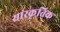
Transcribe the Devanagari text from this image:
सांस्‍कृतिक